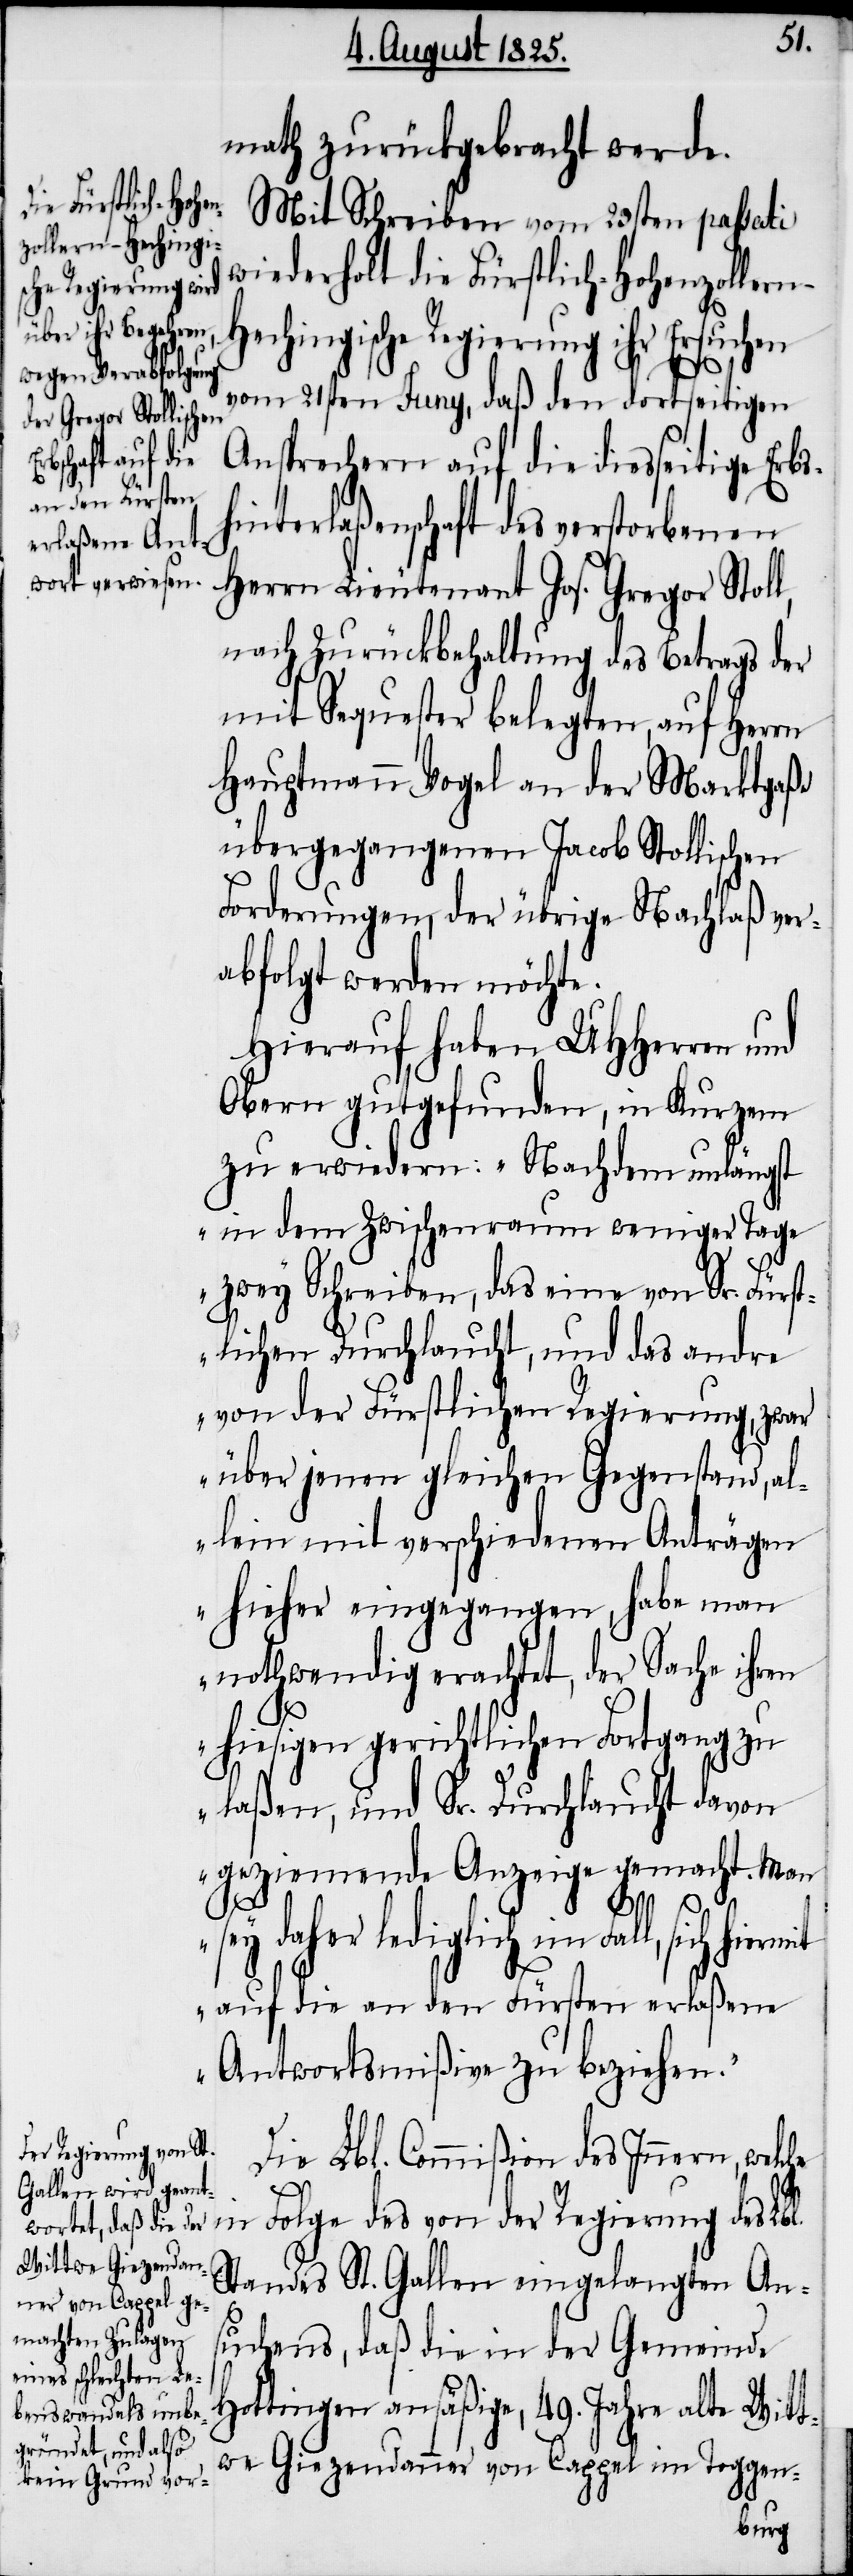
math zurückgebracht werde.
Mit Schreiben vom 23sten passati
widerholt die Fürstlich-Hohenzoller¬
echingische Regierung ihr Ersuchen
vom 21sten Juny, daß den dortseitigen
Ansprechern auf die diesseitige Erbs¬
hinterlaßenschaft des verstorbenen
Herrn Lieutenant Jos. Gregor Stoll,
nach Zurückbehaltung des Betrags der
mit Sequester belegten, auf Herrn
Hauptmann Vogel an der Marktgaße
übergegangenen Jacob Stollischen
Forderungen, der übrige Nachlaß ver¬
abfolgt werden möchte.
Hierauf haben UHHerren und
Obern gutgefunden, in kurzem
zu erwiedern: „Nachdem unlängst
in dem Zwischenraum weniger Tage
zwey Schreiben, das eine von Sr. Fürst¬
lichen Durchlaucht, und das andre
von der Fürstlichen Regierung, zwar
über jenen gleichen Gegenstand, al¬
lein mit verschiedenen Anträgen
hieher eingegangen, habe man
nothwendig erachtet, der Sache ihren
hiesigen gerichtlichen Fortgang zu
laßen, und Sr. Durchlaucht davon
geziemende Anzeige gemacht. Man
n-H¬
sey daher lediglich im Fall, sich
auf die an den Fürsten erlaßene
Antwortsmißive zu beziehen“.
Die Lbl. Commißion des Innern, wel¬
che in Folge des von der Regierung des Lbl.
Standes St. Gallen eingelangten An¬
suchens, daß die in der Gemeinde
Hottingen ansäßige, 49. Jahre alte Witt¬
we Giezendanner von Cappel im Toggen-